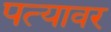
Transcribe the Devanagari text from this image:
पत्‍यावर